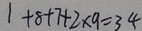
1 + 8 + 7 + 2 \times 9 = 3 4